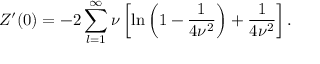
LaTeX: Z ^ { \prime } ( 0 ) = - 2 \sum _ { l = 1 } ^ { \infty } \nu \left[ \ln \left( 1 - \frac { 1 } { 4 \nu ^ { 2 } } \right) + \frac { 1 } { 4 \nu ^ { 2 } } \right] { . }